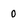
Character: 0